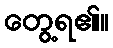
တွေ့ရ၏။